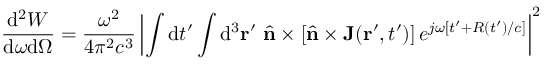
\frac { \mathrm { d } ^ { 2 } W } { \mathrm { d } \omega \mathrm { d } \Omega } = \frac { \omega ^ { 2 } } { 4 \pi ^ { 2 } c ^ { 3 } } \left| \int \mathrm { d } t ^ { \prime } \int \mathrm { d } ^ { 3 } { \bf r } ^ { \prime } \ { \hat { \mathbf { n } } } \times \left[ { \hat { \mathbf { n } } } \times \mathbf { J } ( { \bf r } ^ { \prime } , t ^ { \prime } ) \right] e ^ { j \omega [ t ^ { \prime } + R ( t ^ { \prime } ) / c ] } \right| ^ { 2 }